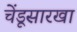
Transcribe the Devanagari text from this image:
चेंडूसारखा